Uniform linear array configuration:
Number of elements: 64
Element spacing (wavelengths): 0.5
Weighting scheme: hann
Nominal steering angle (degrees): -45
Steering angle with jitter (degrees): -43.942
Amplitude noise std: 0.05
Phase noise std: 0.05

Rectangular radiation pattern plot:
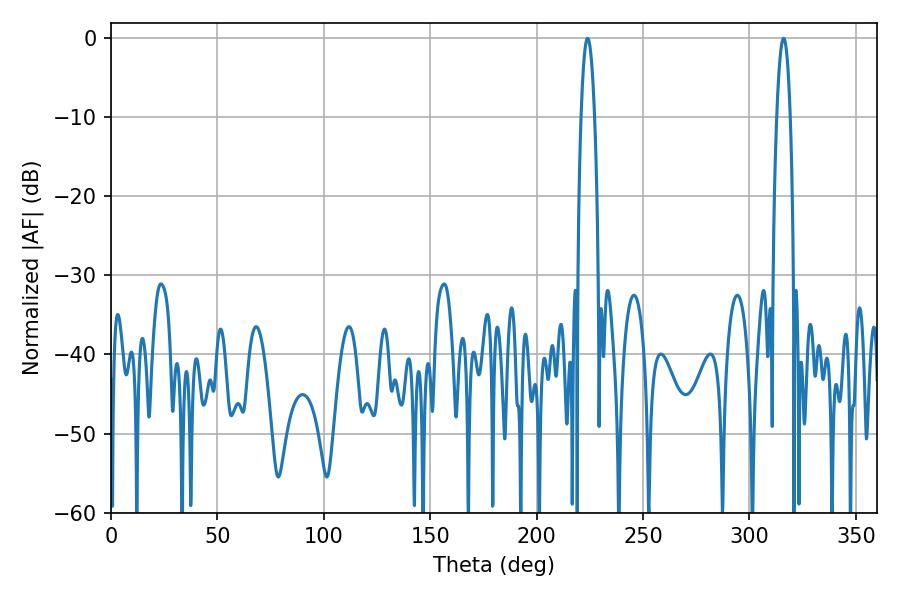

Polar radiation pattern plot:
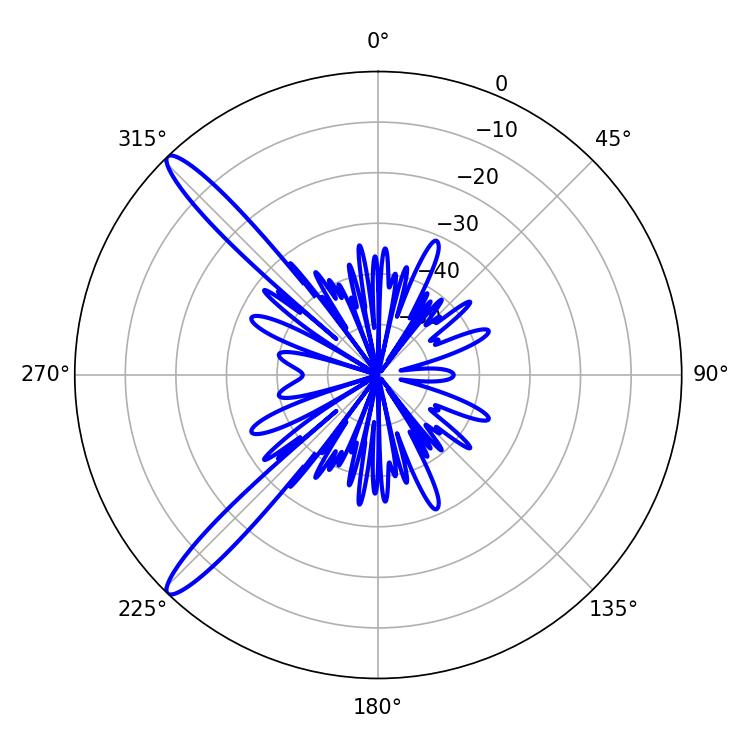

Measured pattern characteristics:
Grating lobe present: FALSE
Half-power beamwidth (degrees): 3.42
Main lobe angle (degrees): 223.92